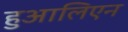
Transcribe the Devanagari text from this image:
हुआलिएन